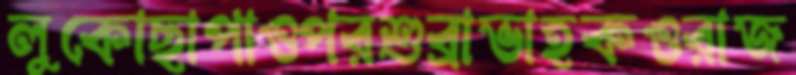
লুকোছাপাওপরশুব্রাভাহকওরাজ